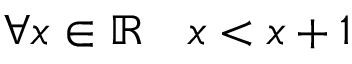
\forall x \in \mathbb { R } \quad x < x + 1